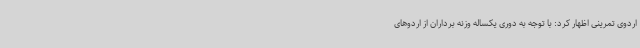
اردوی تمرینی اظهار کرد: با توجه به دوری یکساله وزنه برداران از اردوهای